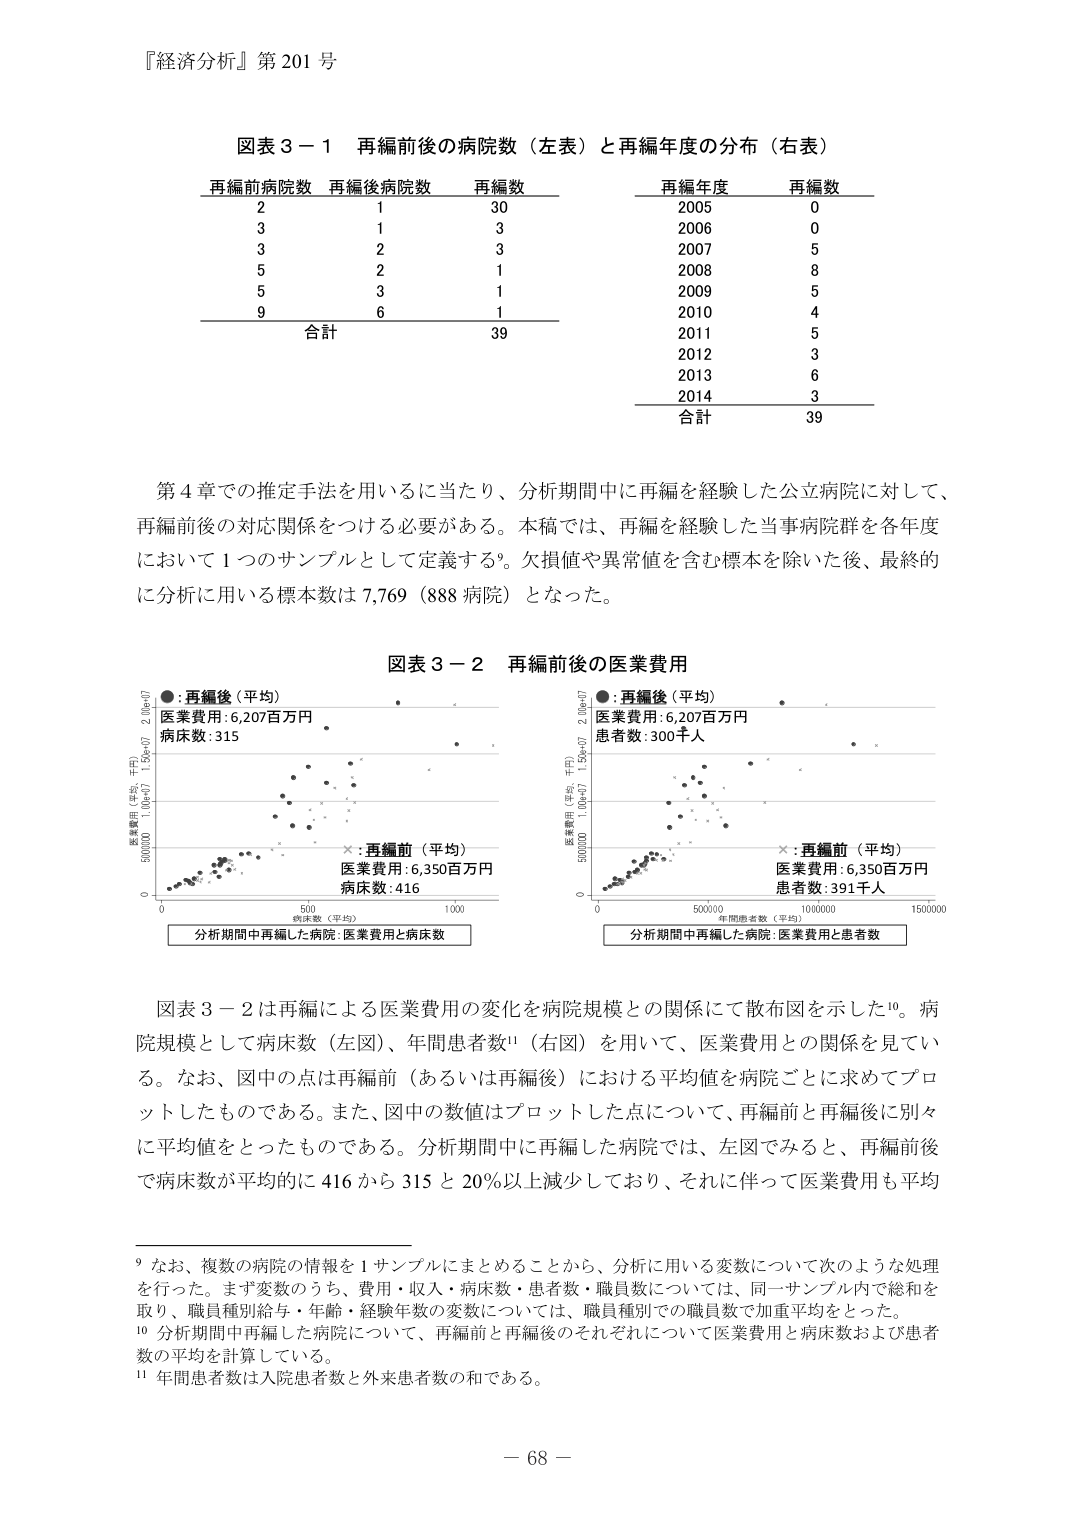
『経済分析』第201号

図表3－1 再編前後の病院数（左表）と再編年度の分布（右表）

再編前病院数 再編後病院数 再編数
2 1 30
3 1 3
3 2 3
5 2 1
5 3 1
9 6 1
合計 39

再編年度 再編数
2005 0
2006 0
2007 5
2008 8
2009 5
2010 4
2011 5
2012 3
2013 6
2014 3
合計 39

第4章での推定手法を用いるに当たり、分析期間中に再編を経験した公立病院に対して、再編前後の対応関係をつける必要がある。本稿では、再編を経験した当事病院群を各年度において1つのサンプルとして定義する9。欠損値や異常値を含む標本を除いた後、最終的に分析に用いる標本数は7,769（888病院）となった。

図表3－2 再編前後の医業費用

●：再編後（平均）
医業費用：6,207百万円
病床数：315

×：再編前（平均）
医業費用：6,350百万円
病床数：416

分析期間中再編した病院：医業費用と病床数

●：再編後（平均）
医業費用：6,207百万円
患者数：300千人

×：再編前（平均）
医業費用：6,350百万円
患者数：391千人

分析期間中再編した病院：医業費用と患者数

図表3－2は再編による医業費用の変化を病院規模との関係にて散布図を示した10。病院規模として病床数（左図）、年間患者数11（右図）を用いて、医業費用との関係を見ている。なお、図中の点は再編前（あるいは再編後）における平均値を病院ごとに求めてプロットしたものである。また、図中の数値はプロットした点について、再編前と再編後に別々に平均値をとったものである。分析期間中に再編した病院では、左図でみると、再編前後で病床数が平均的に416から315と20％以上減少しており、それに伴って医業費用も平均

9 なお、複数の病院の情報を1サンプルにまとめることから、分析に用いる変数について次のような処理を行った。まず変数のうち、費用・収入・病床数・患者数・職員数については、同一サンプル内で総和を取り、職員種別給与・年齢・経験年数の変数については、職員種別での職員数で加重平均をとった。

10 分析期間中再編した病院について、再編前と再編後のそれぞれについて医業費用と病床数および患者数の平均を計算している。

11 年間患者数は入院患者数と外来患者数の和である。

－68－